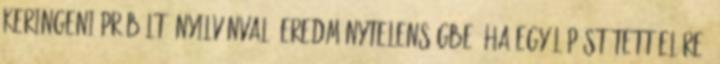
keringeni próbált: nyilvánvaló eredménytelenségbe. Ha egy lépést tett előre,